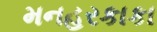
મનહરકાકા